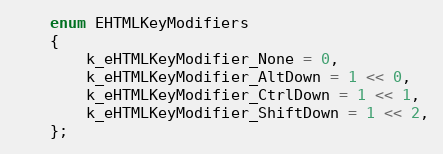
Language: C
	enum EHTMLKeyModifiers
	{
		k_eHTMLKeyModifier_None = 0,
		k_eHTMLKeyModifier_AltDown = 1 << 0,
		k_eHTMLKeyModifier_CtrlDown = 1 << 1,
		k_eHTMLKeyModifier_ShiftDown = 1 << 2,
	};